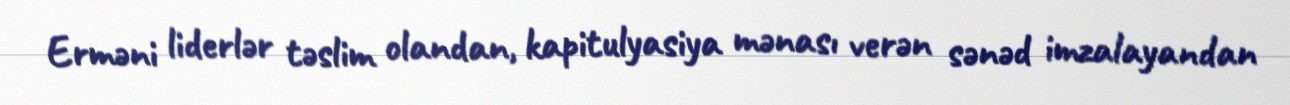
Erməni liderlər təslim olandan, kapitulyasiya mənası verən sənəd imzalayandan